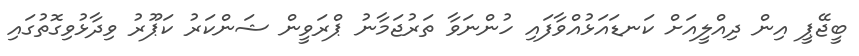
ބީޖޭޕީ އިން ދިއްލީއަށް ކަނޑައަޅުއްވާފައި ހުންނަވާ ތަރުޖަމާނު ޕްރަވީން ޝަންކަރު ކަޕޫރު ވިދާޅުވިގޮތުގައި